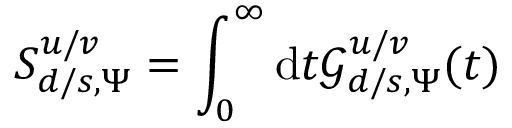
S _ { d / s , \Psi } ^ { u / v } = \int _ { 0 } ^ { \infty } \mathrm { d } t \mathcal { G } _ { d / s , \Psi } ^ { u / v } ( t )